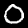
Label: 0